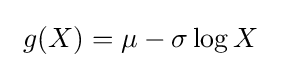
\ g(X)=\mu -\sigma \log X\